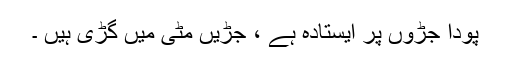
پودا جڑوں پر ایستادہ ہے ، جڑیں مٹّی میں گڑی ہیں ۔